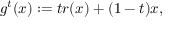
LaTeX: g ^ { t } ( x ) : = t r ( x ) + ( 1 - t ) x ,